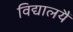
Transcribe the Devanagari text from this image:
विद्यालयैं